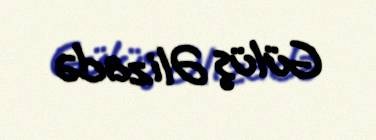
Gülüş Əlizadə